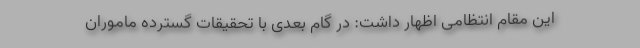
این مقام انتظامی اظهار داشت: در گام بعدی با تحقیقات گسترده ماموران